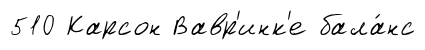
510 Карсон Вавр'инк'е бала́нс